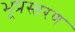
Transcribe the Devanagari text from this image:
भूप्रस्तरण